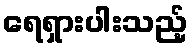
ရေရှားပါးသည့်